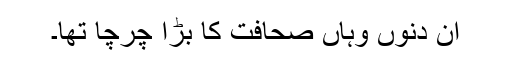
ان دنوں وہاں صحافت کا بڑا چرچا تھا۔